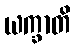
ယက္ခာတိ